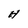
Character: H